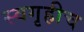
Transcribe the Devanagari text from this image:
स्वगृहीच